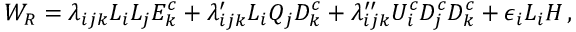
W _ { R } = \lambda _ { i j k } L _ { i } L _ { j } E _ { k } ^ { c } + \lambda _ { i j k } ^ { \prime } L _ { i } Q _ { j } D _ { k } ^ { c } + \lambda _ { i j k } ^ { \prime \prime } U _ { i } ^ { c } D _ { j } ^ { c } D _ { k } ^ { c } + \epsilon _ { i } L _ { i } H \, ,